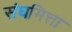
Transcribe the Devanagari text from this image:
संघमित्ता